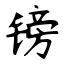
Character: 镑